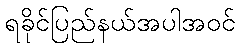
ရခိုင်ပြည်နယ်အပါအဝင်